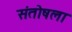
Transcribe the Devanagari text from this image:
संतोषला